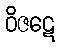
ဝိဇဋေ